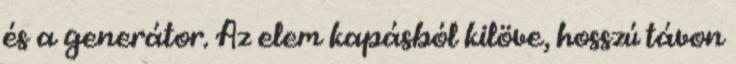
és a generátor. Az elem kapásból kilöve, hosszú távon